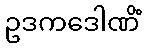
ဥဒကဒေါဏိံ